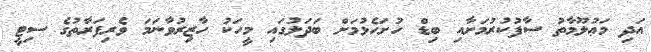
އަދި މަޢުލޫމާތު ސާފުކުރުމަށާއި ބިޑް ހުށަހެޅުމަށް ބަދަލުގައި މީހަކު ހާޒިރުވާނަމަ ވެރިފަރާތުގެ ސިޓީ